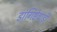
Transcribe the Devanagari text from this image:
डांगिष्टेवाडी